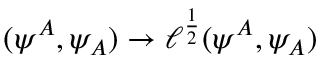
( \psi ^ { A } , \psi _ { A } ) \rightarrow \ell ^ { \frac { 1 } { 2 } } ( \psi ^ { A } , \psi _ { A } )